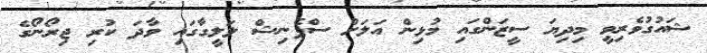
ޝައުގުވެރިވީ މިދިޔަ ސީޒަންގައި މުޅިން އަލަށް ސްޕެނިޝް ލަލީގާގައި ވާދަ ކުރި ޖިރޯނޯގެ